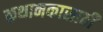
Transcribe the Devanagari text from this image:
कथानकासाठी